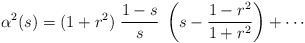
\begin{align*} \alpha^2(s)=(1+r^2)\; \frac{1-s}s\; \left(s-\frac{1-r^2}{1+r^2}\right)+\cdots \end{align*}